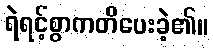
ရဲရင့်စွာကတိပေးခဲ့၏။